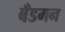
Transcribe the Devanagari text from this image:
बँडमन